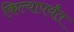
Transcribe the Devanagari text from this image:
किल्यापर्यंत